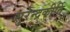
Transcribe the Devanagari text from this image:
सुरेन्द्रकीर्ति